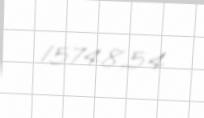
15748,54